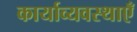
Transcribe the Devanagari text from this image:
कार्याव्यवस्थाएँ